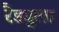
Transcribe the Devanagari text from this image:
रैड्युला